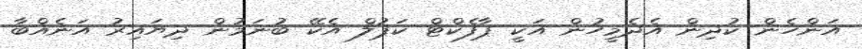
އަންހެން ކުދިން އެދެމީހުން އަކީ ޕާފެކްޓް ކަޕުލް އެކޭ ބުނަމުން ދިޔައިރު އަނެއްބާ